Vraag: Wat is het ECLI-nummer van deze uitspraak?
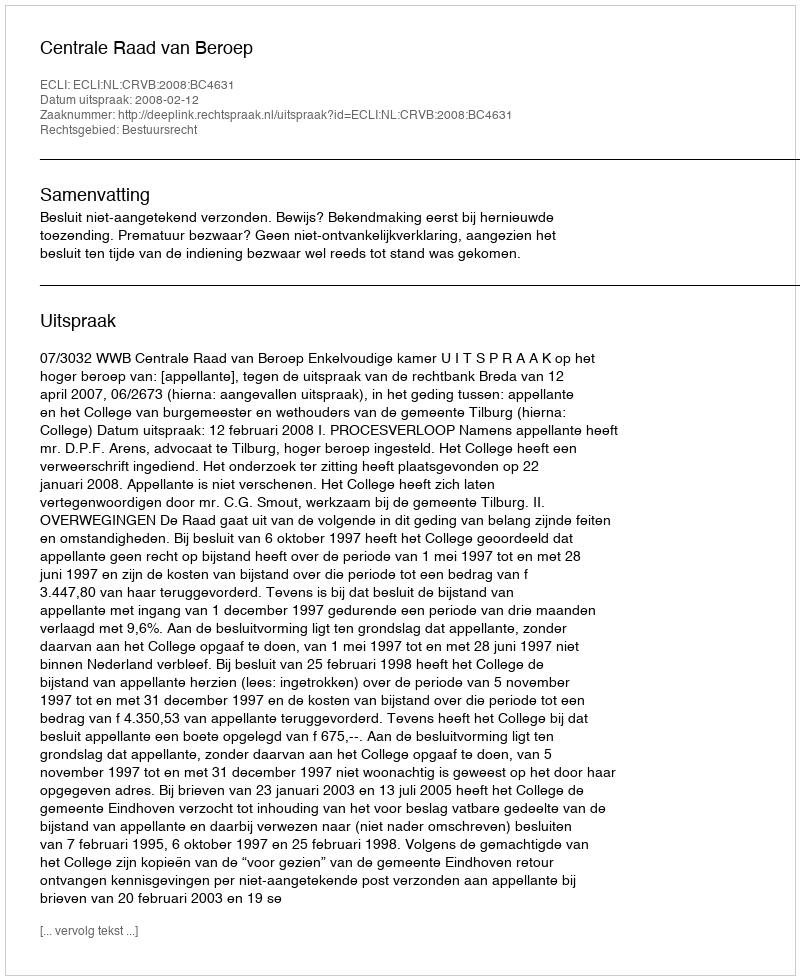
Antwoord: ECLI:NL:CRVB:2008:BC4631